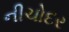
નીચોદર